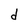
Character: d